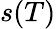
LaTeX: s(T)